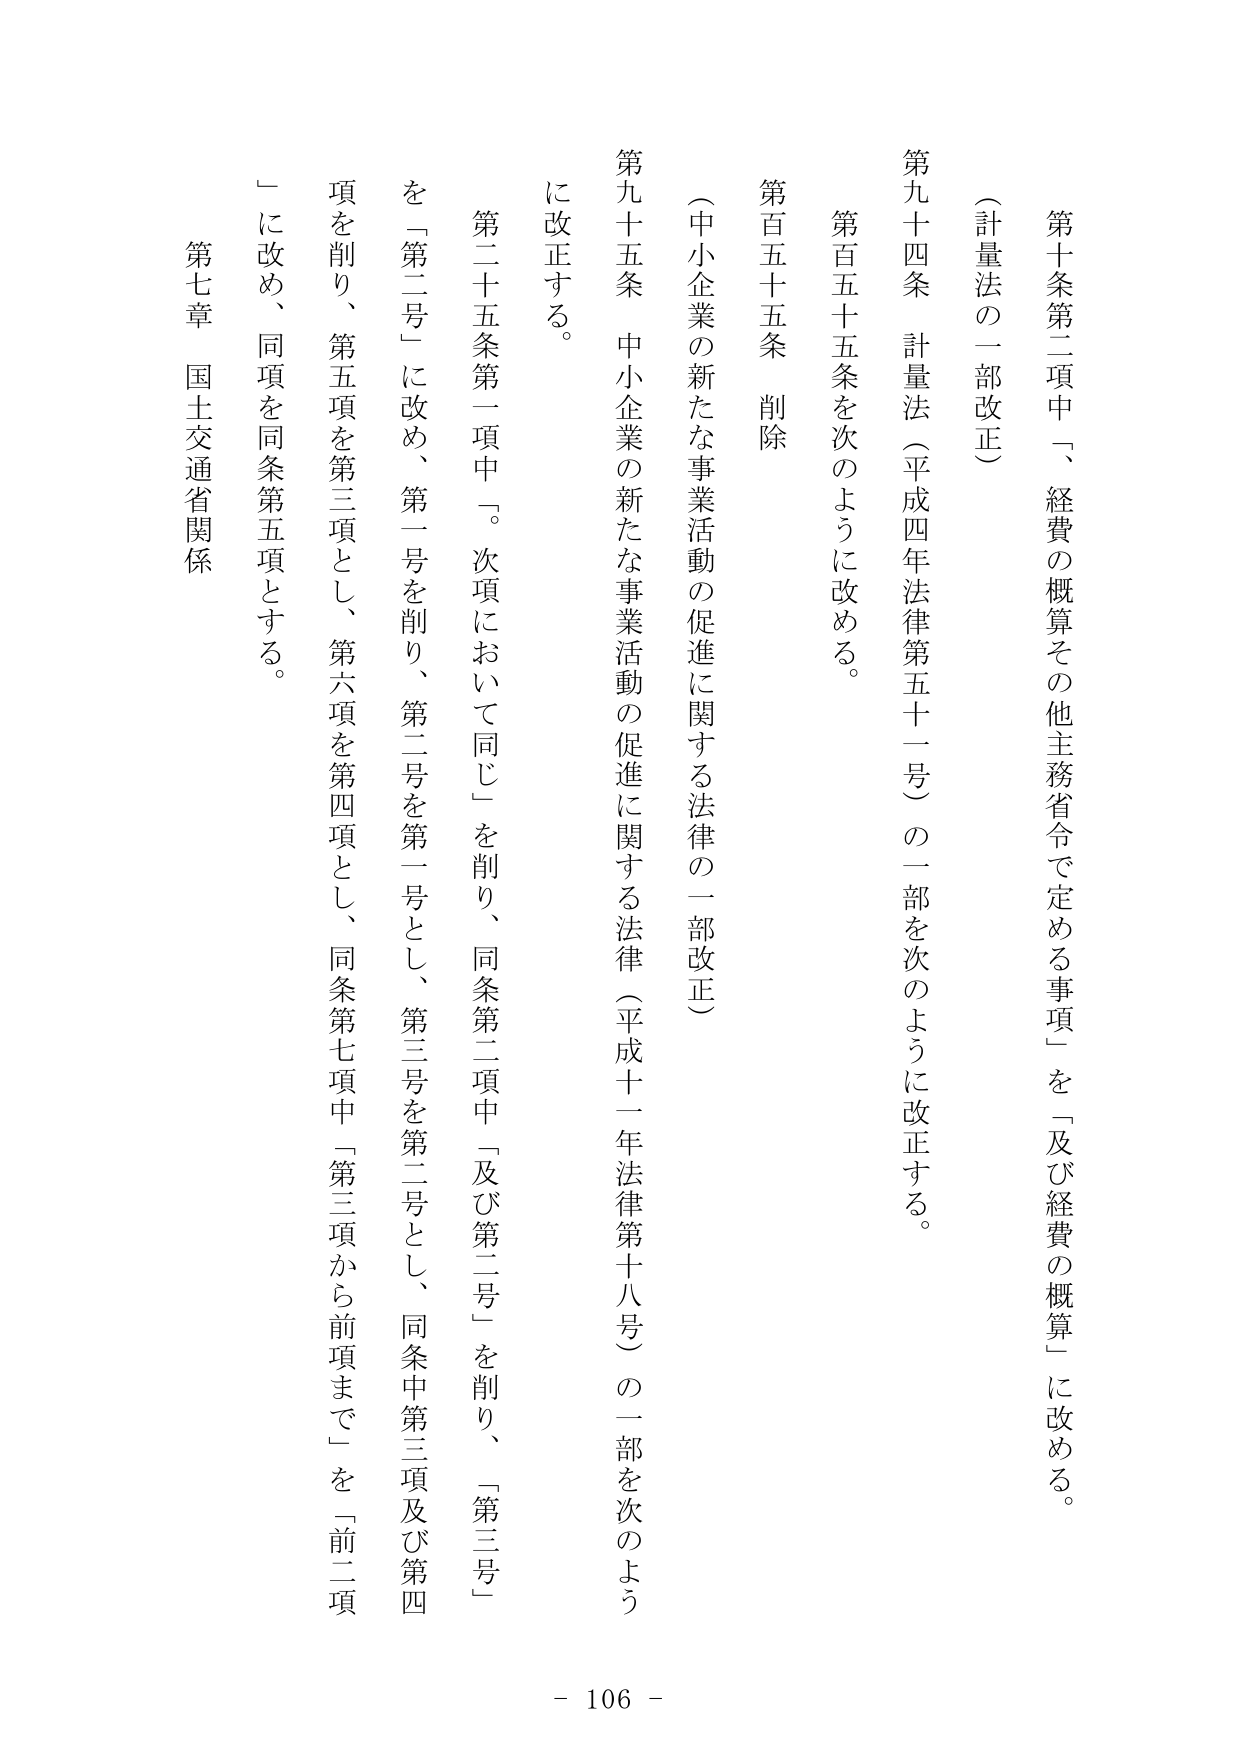
第十条第二項中「、経費の概算その他主務省令で定める事項」を「及び経費の概算」に改める。

（計量法の一部改正）

第九十四条 計量法（平成四年法律第五十一号）の一部を次のように改正する。

第百五十五条を次のように改める。

第百五十五条 削除

（中小企業の新たな事業活動の促進に関する法律の一部改正）

第九十五条 中小企業の新たな事業活動の促進に関する法律（平成十一年法律第十八号）の一部を次のように改正する。

第二十五条第一項中「。次項において同じ」を削り、同条第二項中「及び第二号」を削り、「第三号」を「第二号」に改め、第一号を削り、第二号を第一号とし、第三号を第二号とし、同条中第三項及び第四項を削り、第五項を第三項とし、第六項を第四項とし、同条第七項中「第三項から前項まで」を「前二項」に改め、同項を同条第五項とする。

第七章 国土交通省関係

- 106 -